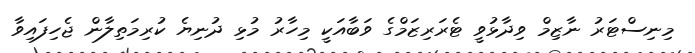
މިނިސްޓަރު ނާޒިމް ވިދާޅުވީ ޓެރަރިޒަމްގެ ވަބާއަކީ މިހާރު މުޅި ދުނިޔެ ކުރިމަތިލާން ޖެހިފައިވާ